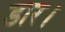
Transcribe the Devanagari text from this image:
डार।